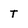
Character: T